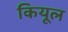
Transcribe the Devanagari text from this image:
कियूल